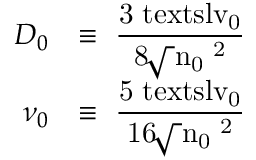
\begin{array} { r l } { D _ { 0 } } & { \equiv \mathrm { \small ~ \displaystyle \frac { 3 \ensuremath { \mathrm { \ t e x t s l { v } } _ 0 } } { 8 \! \sqrt { \pi } n _ 0 \sigma ^ 2 } ~ } } \\ { \nu _ { 0 } } & { \equiv \mathrm { \small ~ \displaystyle \frac { 5 \ensuremath { \mathrm { \ t e x t s l { v } } _ 0 } } { 1 6 \! \sqrt { \pi } n _ 0 \sigma ^ 2 } ~ } } \end{array}